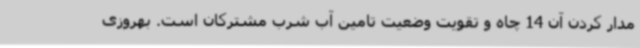
مدار کردن آن 14 چاه و تقویت وضعیت تامین آب شرب مشترکان است. بهروزی